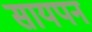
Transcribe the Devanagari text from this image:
सायपन